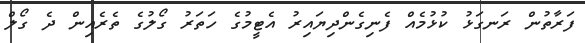
ފަރާތުން ރަނގަޅު ކުޅުމެއް ފެނިގެންދިޔައިރު އެޓީމުގެ ހަތަރު ގޯލުގެ ތެރެއިން ދެ ގޯލް